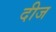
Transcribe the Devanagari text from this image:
दीज